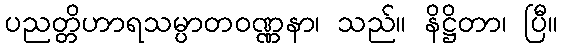
ပညတ္တိဟာရသမ္ပာတဝဏ္ဏနာ၊ သည်။ နိဋ္ဌိတာ၊ ပြီ။